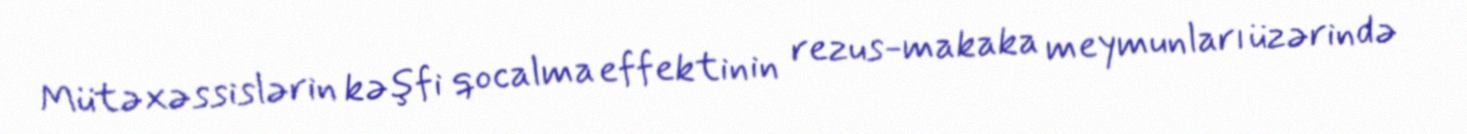
Mütəxəssislərin kəşfi qocalma effektinin rezus-makaka meymunları üzərində